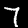
Digit: 7